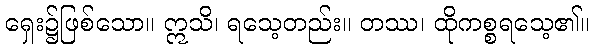
ရှေး၌ဖြစ်သော။ ဣသိ၊ ရသေ့တည်း။ တဿ၊ ထိုကစ္စရသေ့၏။